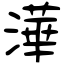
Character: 澕